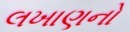
લખાણનો